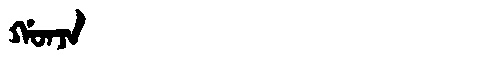
Manchu: ᡤᠣᠨᠵᠠ
Romanization: GONJA